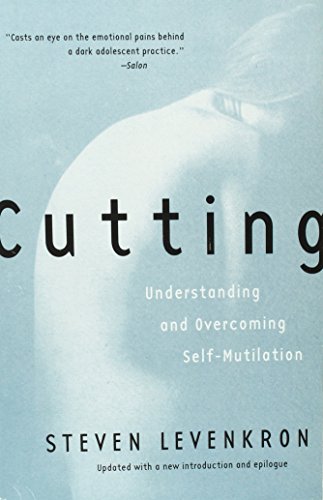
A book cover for Cutting: Understanding and Overcoming Self-Mutilation; Steven Levenkron; Self-Help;